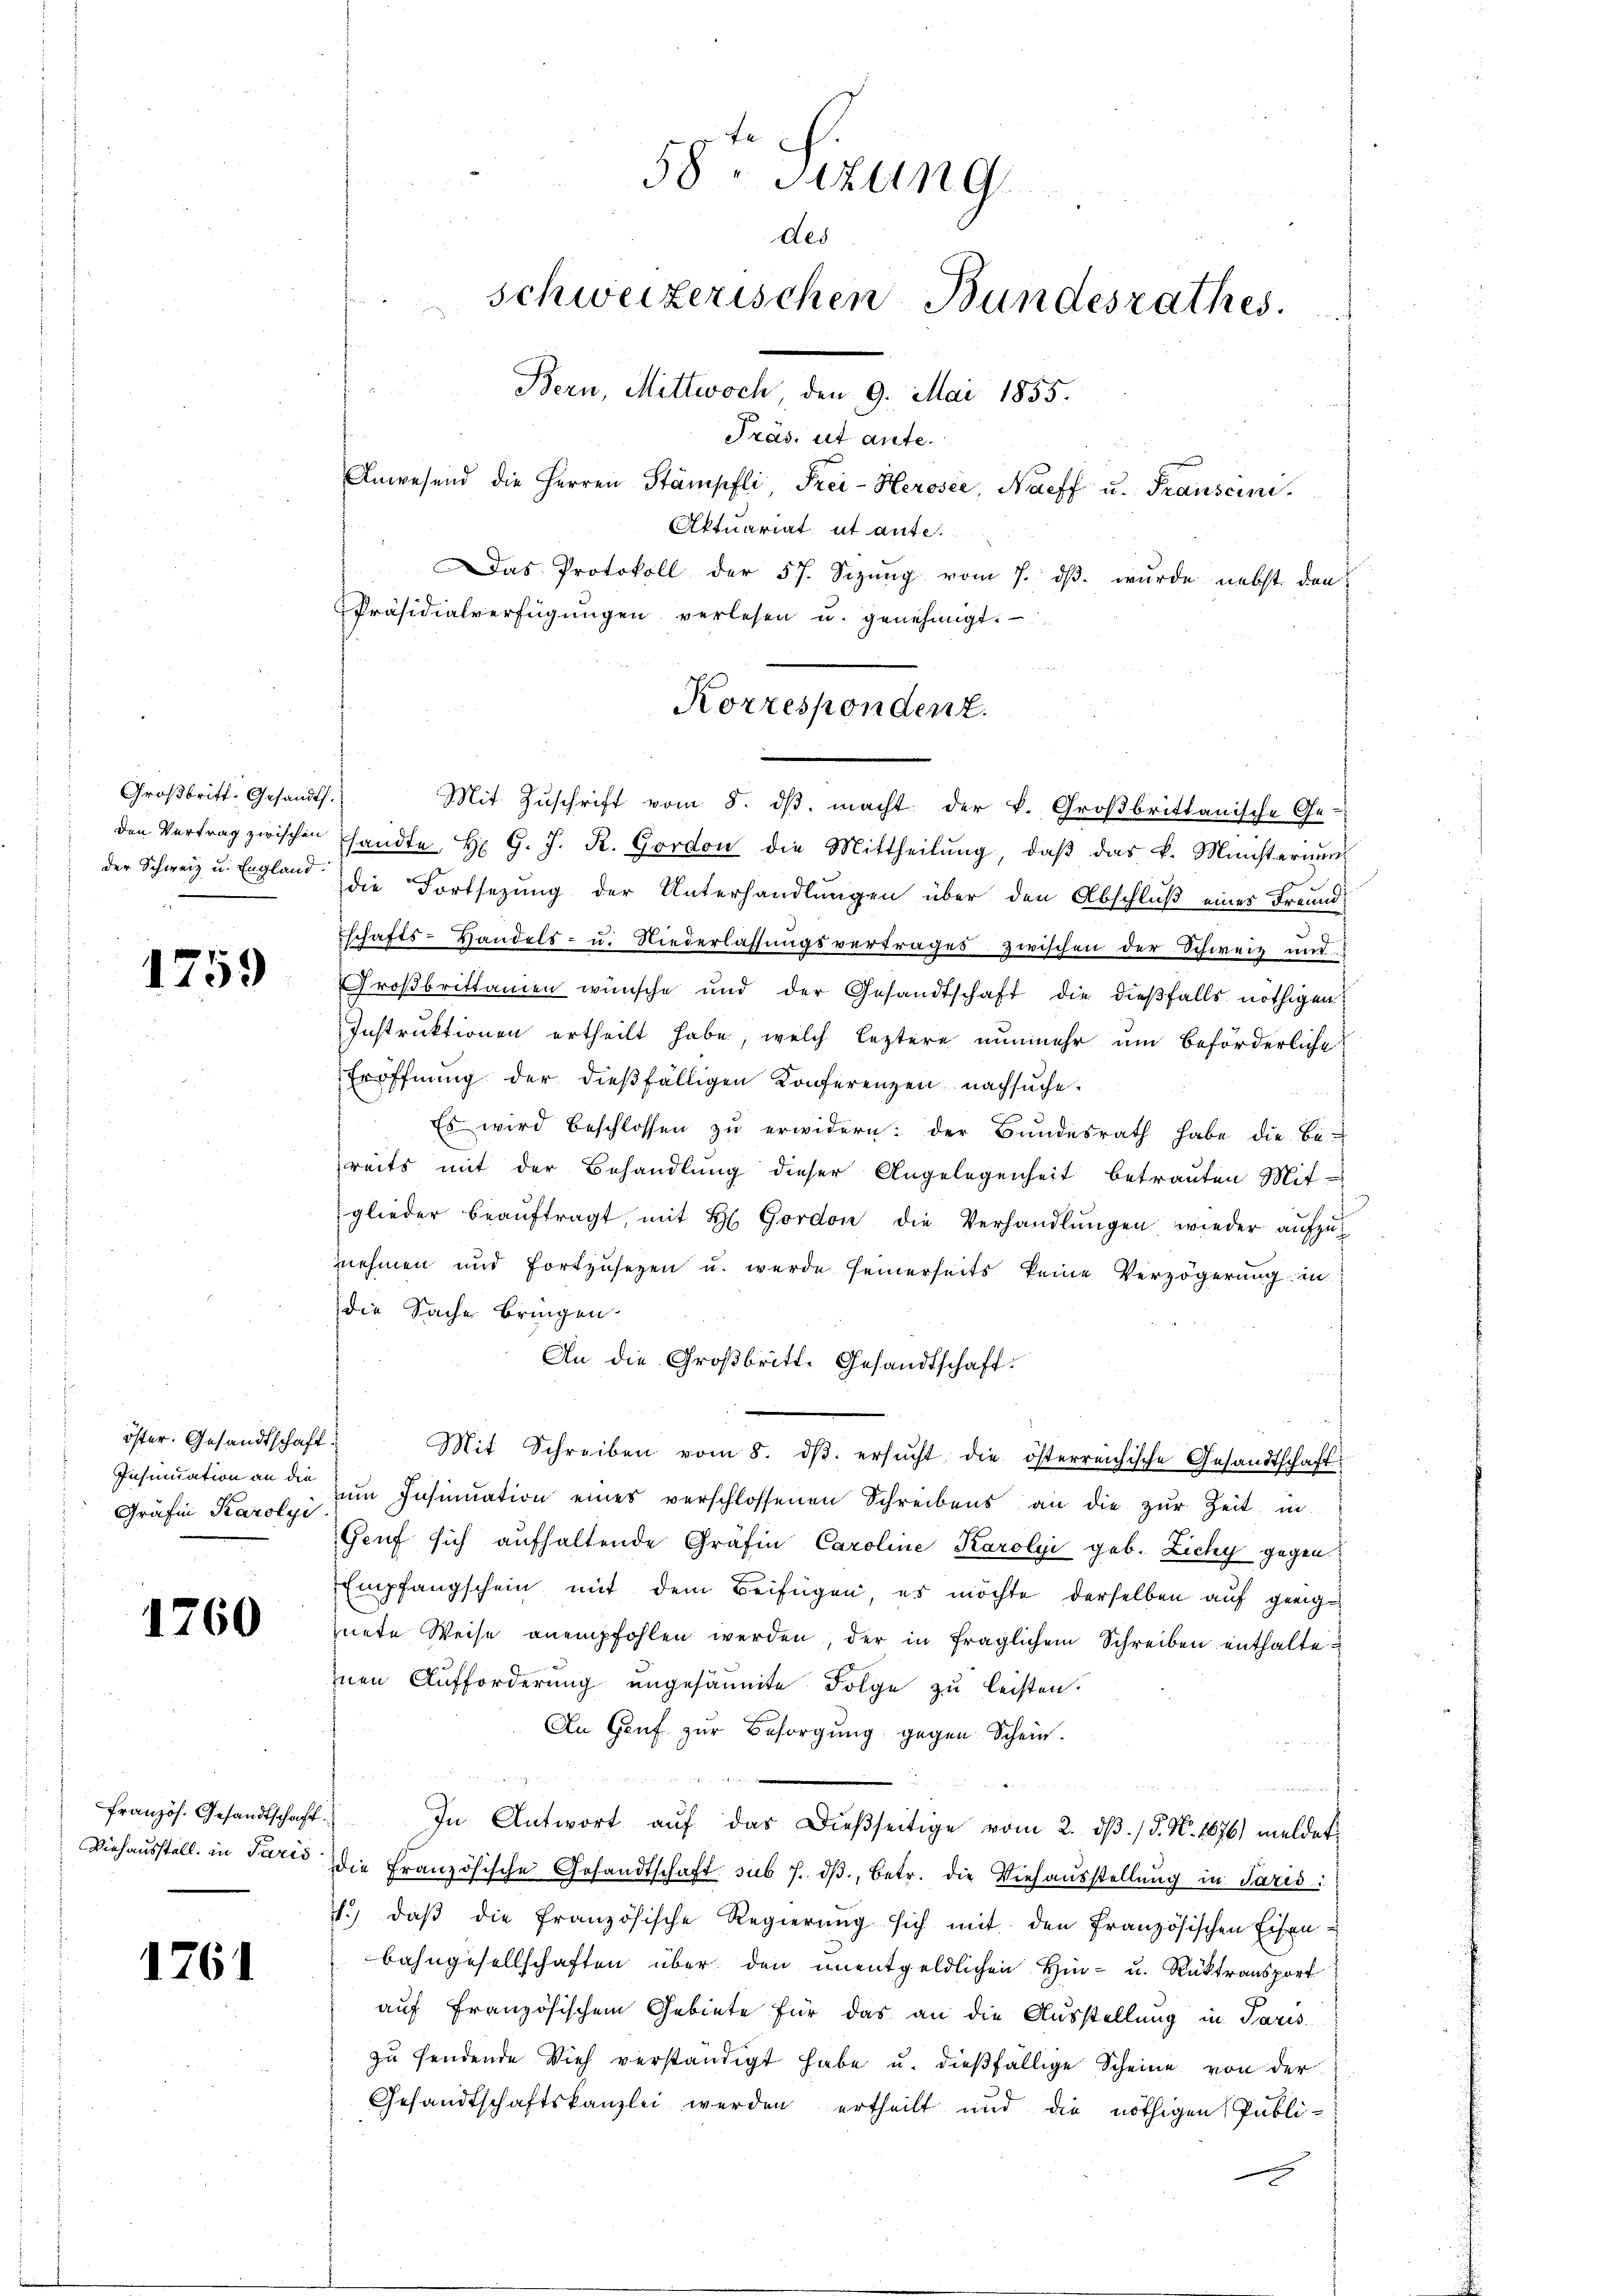
Großbritt. Gesandts.
den Vertrag zwischen
der Schweiz u. England.

1759

Insinuation an die
Gräfin Karolyi

1760

französ. Gesandtschaft.
Viehausstell in Paris

1761

58te Sizung
des
schweizerischen Bundesrathes.
Bern, Mittwoch den 9. Mai 1855.
Präs. ut ante.
Anwesend die Herren Stämpfli Frei-Herosee, Naeff u. Transcini¬
Aktuariat et ante.
as Protokoll der 57. Sizŭng vom 7. dβ. wurde nebst den
Präsidialverfügŭngen verlesen u. genehmigt.

Mit Zuschrift vom 8. dβ. macht der k. Großbrittanische Ge-
sandte H. G. J. R. Gordon die Mittheilŭng, daβ das v. Münsterium
die Fortsezung der Unterhandlungen über den Abschluß eines Freundschafts-Handels- u. Niederlassŭngsvertrages zwischen der Schweiz mit
Großbrittanien wünsche und der Gesandtschaft die dießfalls nöthigen
Instruktionen ertheilt habe, welch leztere nunmehr um beförderliche
Eröffnŭng der dießfälligen Konferenzen nachsuche.
Es wird beschlossen zŭ erwidern: der Bŭndesrath habe die Be-
reits mit der Behandlung dieser Angelegenheit betrauten Mit-
glieder beaŭftragt, mit H. Gordon die Verhandlungen wieder aufzunehmen und fortzusetzen u. wurde seinerseits keine Verzögerung in
die Sache bringen.
An die Großbritt. Gesandtschaft
öster. Gesandtschaft. Mit Schreiben vom 8. dβ. ersŭcht die österreichische Gesandtschaft
ŭm Insinuation eines verschlossenen Schreibens an die zŭr Zeit in
Genf sich aufhaltende Gräfin Caroline Karolyi geb. Zichy gegen
Empfangschein mit dem Beifügen, es möchte derselben auf geeig
nete Weise anempfohlen werden, der in fraglichem Schreiben enthalte
znen Aufforderung ungesäumte Folge zu leisten.
An Genf zur Besorgung gegen Schein.
In Antwort aŭf das dießseitige vom 2. dβ. / 5. No. 1876) meldet
Die Französische Gesandtschaft sub 7. dβ, betr. die Viehaŭsstellŭng in Paris:
. daβ die französische Regierŭng sich mit den französischen Eisen-
bahngesellschaften über den unentgeldlichen Hin- u. Rücktransport
auf Französischen Gebiete für das an die Ausstellung in Paris
zu sendende Vieh verständigt habe u. dießfällige Scheine von der
Gesandtschaftskanzlei werden ertheilt und die nöthigen Publi-

Korrespondent.